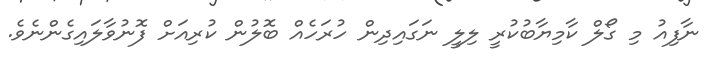
ނާފިއު މި ގޯލް ކާމިޔާބުކުރީ ލިލީ ނަގައިދިން ހުރަހެއް ބޮލުން ކުރިއަށް ފޮނުވާލައިގެންނެވެ.